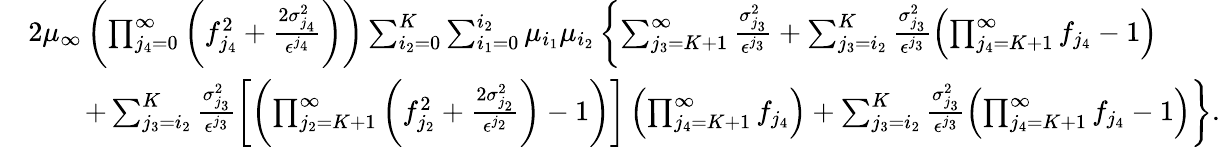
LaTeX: \begin{array}{rl}&{2\mu_{\infty}\left(\prod_{j_{4}=0}^{\infty}\left(f_{j_{4}}^{2}+\frac{2\sigma_{j_{4}}^{2}}{\epsilon^{j_{4}}}\right)\right)\sum_{i_{2}=0}^{K}\sum_{i_{1}=0}^{i_{2}}\mu_{i_{1}}\mu_{i_{2}}\left\{ \sum_{j_{3}=K+1}^{\infty}\frac{\sigma_{j_{3}}^{2}}{\epsilon^{j_{3}}}+\sum_{j_{3}=i_{2}}^{K}\frac{\sigma_{j_{3}}^{2}}{\epsilon^{j_{3}}}\left(\prod_{j_{4}=K+1}^{\infty}f_{j_{4}}-1\right)\right.}\\ &{\qquad\left.+\sum_{j_{3}=i_{2}}^{K}\frac{\sigma_{j_{3}}^{2}}{\epsilon^{j_{3}}}\left[\left(\prod_{j_{2}=K+1}^{\infty}\left(f_{j_{2}}^{2}+\frac{2\sigma_{j_{2}}^{2}}{\epsilon^{j_{2}}}\right)-1\right)\right]\left(\prod_{j_{4}=K+1}^{\infty}f_{j_{4}}\right)+\sum_{j_{3}=i_{2}}^{K}\frac{\sigma_{j_{3}}^{2}}{\epsilon^{j_{3}}}\left(\prod_{j_{4}=K+1}^{\infty}f_{j_{4}}-1\right)\right\} .}\end{array}